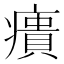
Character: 㿉